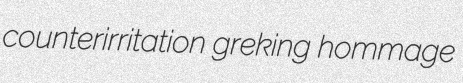
counterirritation greking hommage